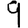
Digit: 9